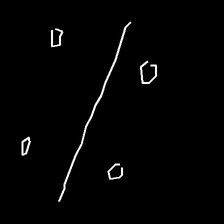
Glyph: cool